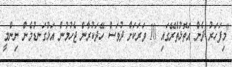
"މިފަހަރު ދެން އަތޮޅުތެރޭގައި 10 ވަރަކަށް ދުވަސް ހޭދަކުރާން ޖެހުމުން އަޅުގަނޑުމެން ނިންމީ